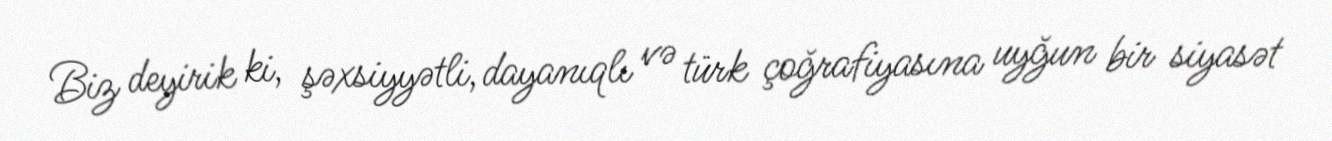
Biz deyirik ki, şəxsiyyətli, dayanıqlı və türk çoğrafiyasına uyğun bir siyasət